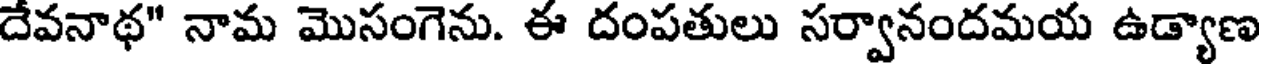
దేవనాథ" నామ మొసంగెను. ఈ దంపతులు సర్వానందమయ ఉడ్యాణ